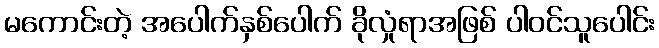
မကောင်းတဲ့ အပေါက်နှစ်ပေါက် ခိုလှုံရာအဖြစ် ပါဝင်သူပေါင်း